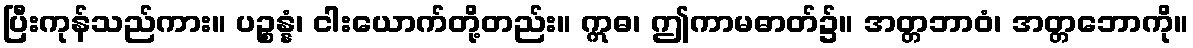
ပြီးကုန်သည်ကား။ ပဉ္စန္နံ၊ ငါးယောက်တို့တည်း။ ဣဓ၊ ဤကာမဓာတ်၌။ အတ္တဘာဝံ၊ အတ္တဘောကို။